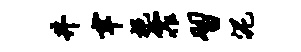
井聿挹霏习泥